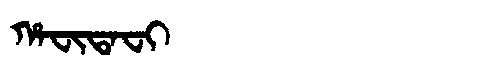
Manchu: ᡥᠠᠸᡳᡨᠠᠸᡳ
Romanization: HAFITAFI